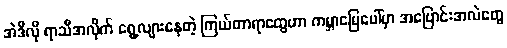
အဲဒီလို ရာသီအလိုက် ရွေ့လျားနေတဲ့ ကြယ်တာရာတွေဟာ ကမ္ဘာမြေပေါ်မှာ အပြောင်းအလဲတွေ